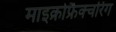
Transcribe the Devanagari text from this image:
माइक्रोफ्रैक्चरिंग